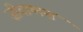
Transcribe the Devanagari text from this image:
जीवाष्मना